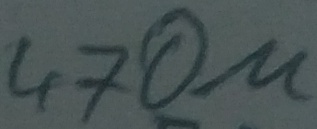
Text: 470µ